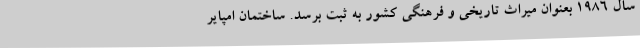
سال ۱۹۸۶ بعنوان میراث تاریخی و فرهنگی کشور به ثبت برسد. ساختمان امپایر